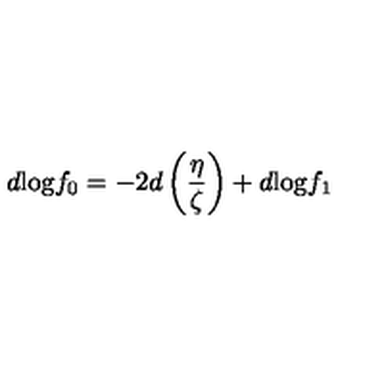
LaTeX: d \mathrm { l o g } f _ { 0 } = - 2 d \left( \frac { \eta } { \zeta } \right) + d \mathrm { l o g } f _ { 1 }